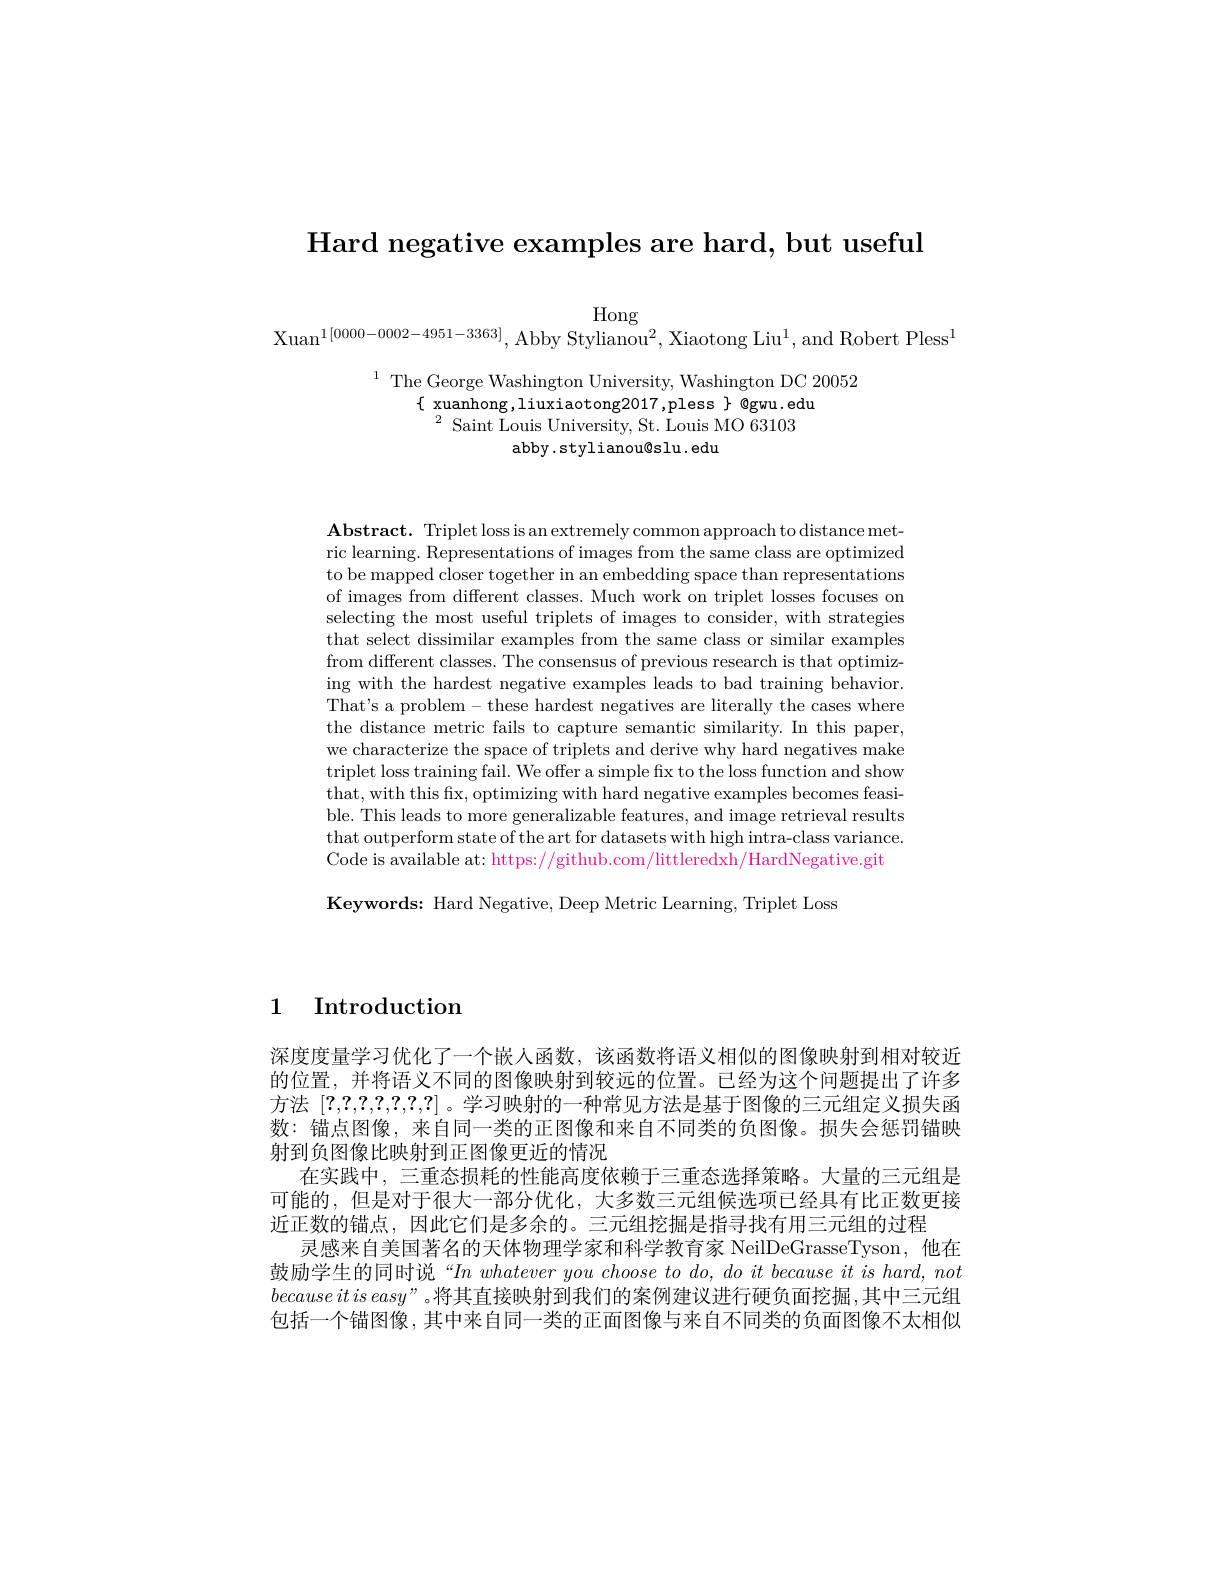
Hard negative examples are hard, but useful

Hong
$\mathrm{Xuan}^{1[0000-0002-4951-3363]}$, Abby Stylianou$^2$, Xiaotong Liu$^1$, and Robert Pless$^1$

$^{1}$ The George Washington University, Washington DC 20052
$\{$ xuanhong,liuxiaotong2017,pless$\}$@gwu.edu
$^{2}$ Saint Louis University, St. Louis MO 63103
abby.stylianou@slu.edu

$\mathbf{Abstract.~Triplet~loss~is~an~extremely~common~approach~to~distance~met-~}$ ric learning. Representations of images from the same class are optimized to be mapped closer together in an embedding space than representations of images from different classes. Much work on triplet losses focuses on selecting the most useful triplets of images to consider, with strategies that select dissimilar examples from the same class or similar examples from different classes. The consensus of previous research is that optimizing with the hardest negative examples leads to bad training behavior. That's a problem- these hardest negatives are literally the cases where the distance metric fails to capture semantic similarity. In this paper, we characterize the space of triplets and derive why hard negatives make $\begin{array}{c}\text{triplet loss training fail. We offer a simple fix to the loss function and show}\end{array}$ that, with this fix, optimizing with hard negative examples becomes feasible. This leads to more generalizable features, and image retrieval results that outperform state of the art for datasets with high intra-class variance. Code is available at: https://github.com/littleredxh/HardNegative.git

Keywords: Hard Negative, Deep Metric Learning, Triplet Loss

1 Introduction

深度度量学习优化了一个嵌人函数，该函数将语义相似的图像映射到相对较近的位置，并将语义不同的图像映射到较远的位置。已经为这个问题提出了许多方法[?,?,?,?,?,?,?,?]。学习映射的一种常见方法是基于图像的三元组定义损失函数：锚点图像，来自同一类的正图像和来自不同类的负图像。损失会惩罚锚映射到负图像比映射到正图像更近的情况
在实践中，三重态损耗的性能高度依赖于三重态选择策略。大量的三元组是可能的，但是对于很大一部分优化，大多数三元组候选项已经具有比正数更接近正数的锚点，因此它们是多余的。三元组挖掘是指寻找有用三元组的过程
灵感来自美国著名的天体物理学家和科学教育家 NeilDeGrasseTyson,他在鼓励学生的同时说“In whatever you choose to do, do it because it is hard, not $because\textit{it is easy” 。将 其 直 接 映 射 到 我 们 的 案 例 建 议 进 行 硬 负 面 挖 掘 }$,其中三元组包括一个锚图像，其中来自同一类的正面图像与来自不同类的负面图像不太相似